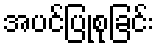
အပင်ပြုစုခြင်း